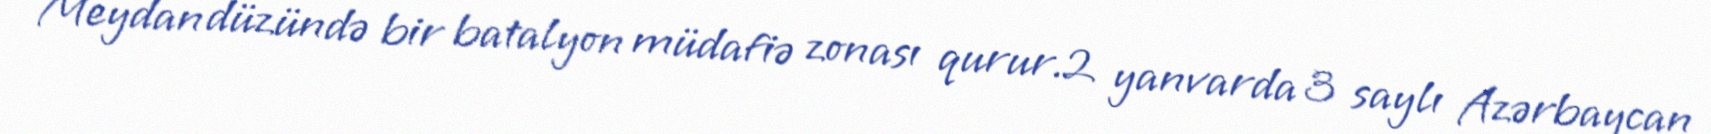
Meydan düzündə bir batalyon müdafiə zonası qurur.2 yanvarda 3 saylı Azərbaycan